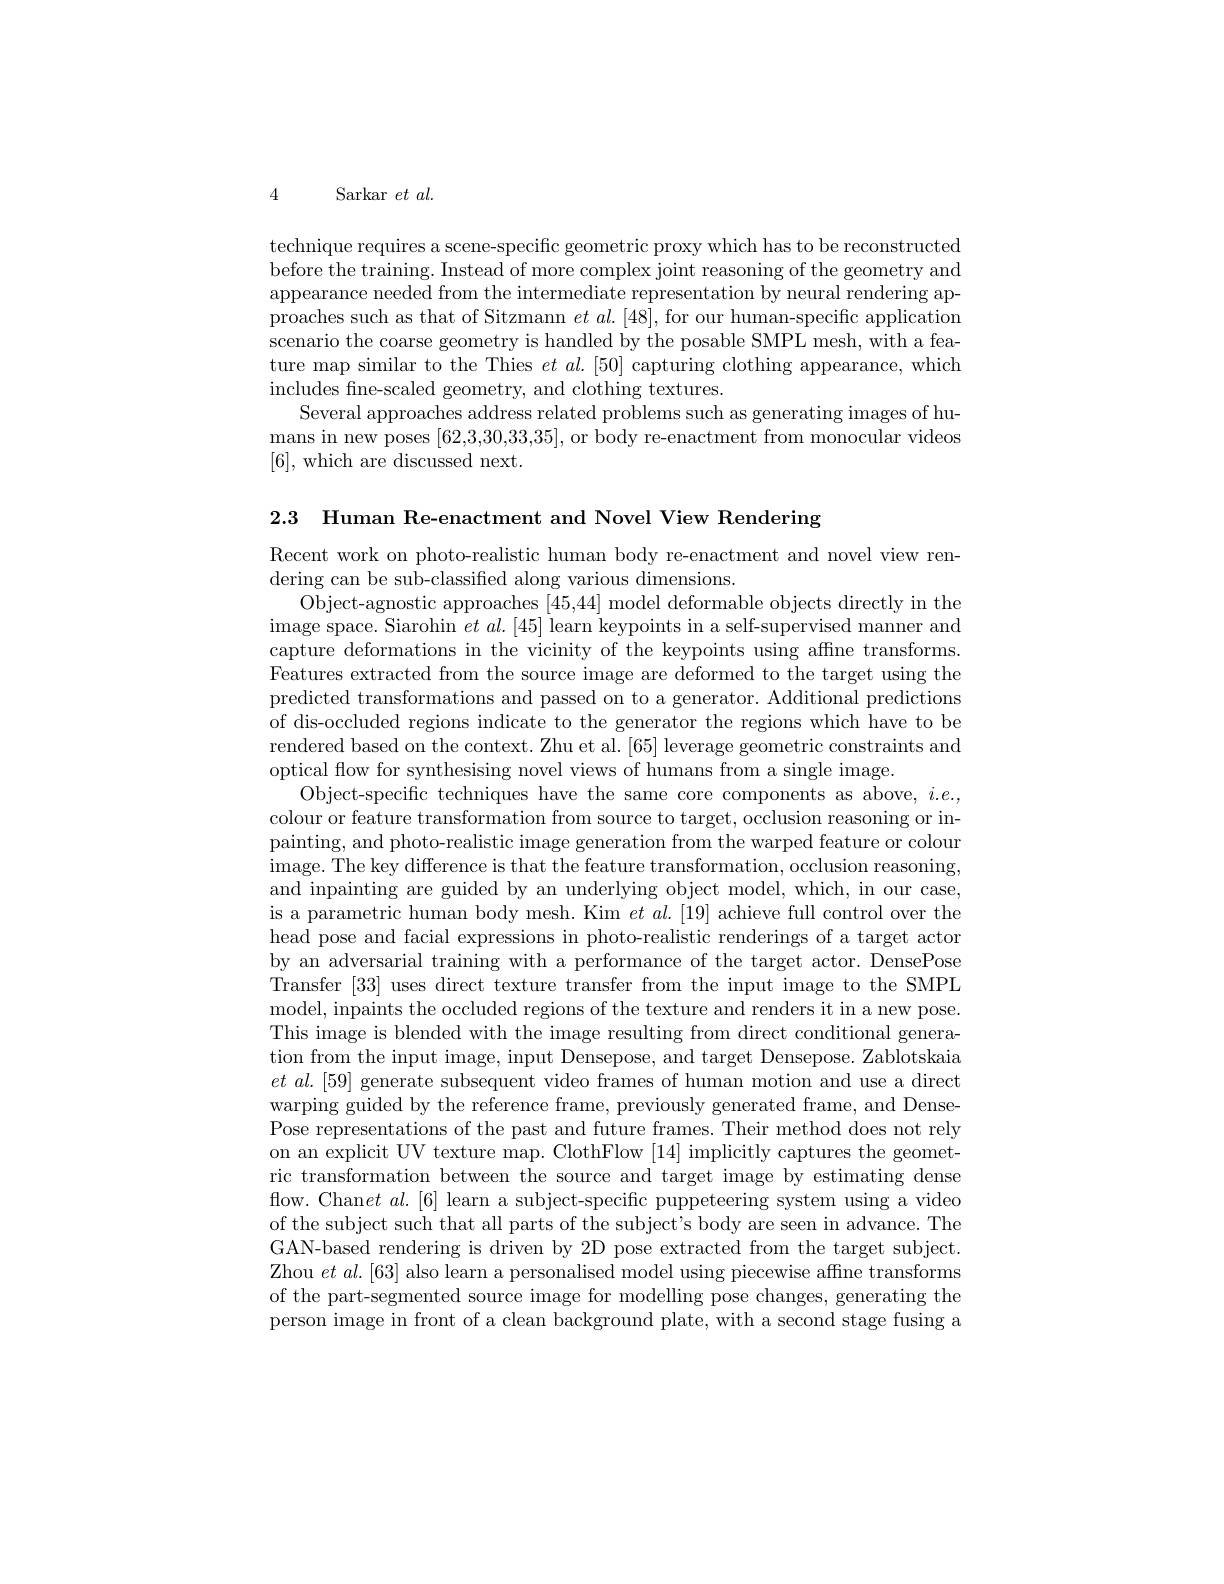
4 Sarkar $et$ $al.$

technique requires a scene-specific geometric proxy which has to be reconstructed before the training. Instead of more complex joint reasoning of the geometry and appearance needed from the intermediate representation by neural rendering approaches such as that of Sitzmann $et\textit{al. [ 48] , for our human- specific application}$ scenario the coarse geometry is handled by the posable SMPL mesh, with a feature map similar to the Thies $et\textit{al. [ 50] capturing clothing appearance, which}$ includes fne-scaled geometry, and clothing textures.
Several approaches address related problems such as generating images of humans in new poses [62,3,30,33,35], or body re-enactment from monocular videos [6],which are discussed next.

2.3 Human Re-enactment and Novel View Rendering

Recent work on photo-realistic human body re-enactment and novel view ren-
dering can be sub-classified along various dimensions.
Object-agnostic approaches [45,44] model deformable objects directly in the image space. Siarohin $et al. [ 45] $learn keypoints in a self- supervised manner and capture deformations in the vicinity of the keypoints using affine transforms. Features extracted from the source image are deformed to the target using the predicted transformations and passed on to a generator. Additional predictions of dis-occluded regions indicate to the generator the regions which have to be rendered based on the context. Zhu et al. [65] leverage geometric constraints and optical flow for synthesising novel views of humans from a single image.
Object-specific techniques have the same core components as above, $i.e.$, colour or feature transformation from source to target, occlusion reasoning or inpainting, and photo-realistic image generation from the warped feature or colour image. The key difference is that the feature transformation, occlusion reasoning, and inpainting are guided by an underlying object model, which, in our case, is a parametric human body mesh. Kim $et\textit{al. [ 19] achieve full control over the}$ head pose and facial expressions in photo-realistic renderings of a target actor by an adversarial training with a performance of the target actor. DensePose Transfer [33] uses direct texture transfer from the input image to the SMPL model, inpaints the occluded regions of the texture and renders it in a new pose. This image is blended with the image resulting from direct conditional generation from the input image, input Densepose, and target Densepose. Zablotskaia $et\textit{ al. [ 59] generate subsequent video frames of human motion and use a direct}$ warping guided by the reference frame, previously generated frame, and DensePose representations of the past and future frames. Their method does not rely on an explicit UV texture map. ClothFlow [14] implicitly captures the geometric transformation between the source and target image by estimating dense flow. Chan$et$ $al.[6]$ learn a subject-specific puppeteering system using a video of the subject such that all parts of the subject's body are seen in advance. The GAN-based rendering is driven by 2D pose extracted from the target subject. Zhou $et\textit{al. [ 63] also learn a personalised model using piecewise affne transforms}$ of the part-segmented source image for modelling pose changes, generating the person image in front of a clean background plate, with a second stage fusing a